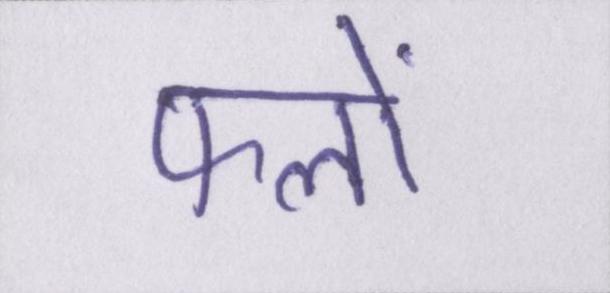
फलों